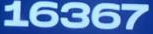
16367